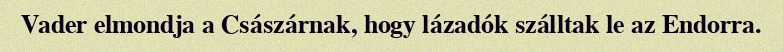
Vader elmondja a Császárnak, hogy lázadók szálltak le az Endorra.